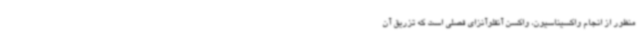
منظور از انجام واکسیناسیون، واکسن آنفلوآنزای فصلی است که تزریق آن